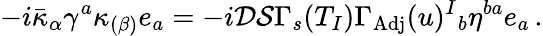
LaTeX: -i\bar{\kappa}_{\alpha}\gamma^{a}\kappa_{(\beta)}e_{a}=-i\mathcal{D}\mathcal{S}\Gamma_{s}(T_{I})\Gamma_{\mathrm{Adj}}(u)^{I}{}_{b}\eta^{ba}e_{a}\, .